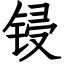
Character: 锓